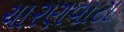
ચારણવાટા